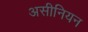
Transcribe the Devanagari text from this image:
असीनियन